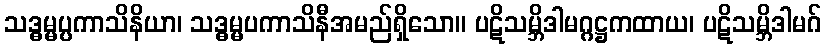
သဒ္ဓမ္မပ္ပကာသိနိယာ၊ သဒ္ဓမ္မပကာသိနီအမည်ရှိသော။ ပဋိသမ္ဘိဒါမဂ္ဂဋ္ဌကထာယ၊ ပဋိသမ္ဘိဒါမဂ်